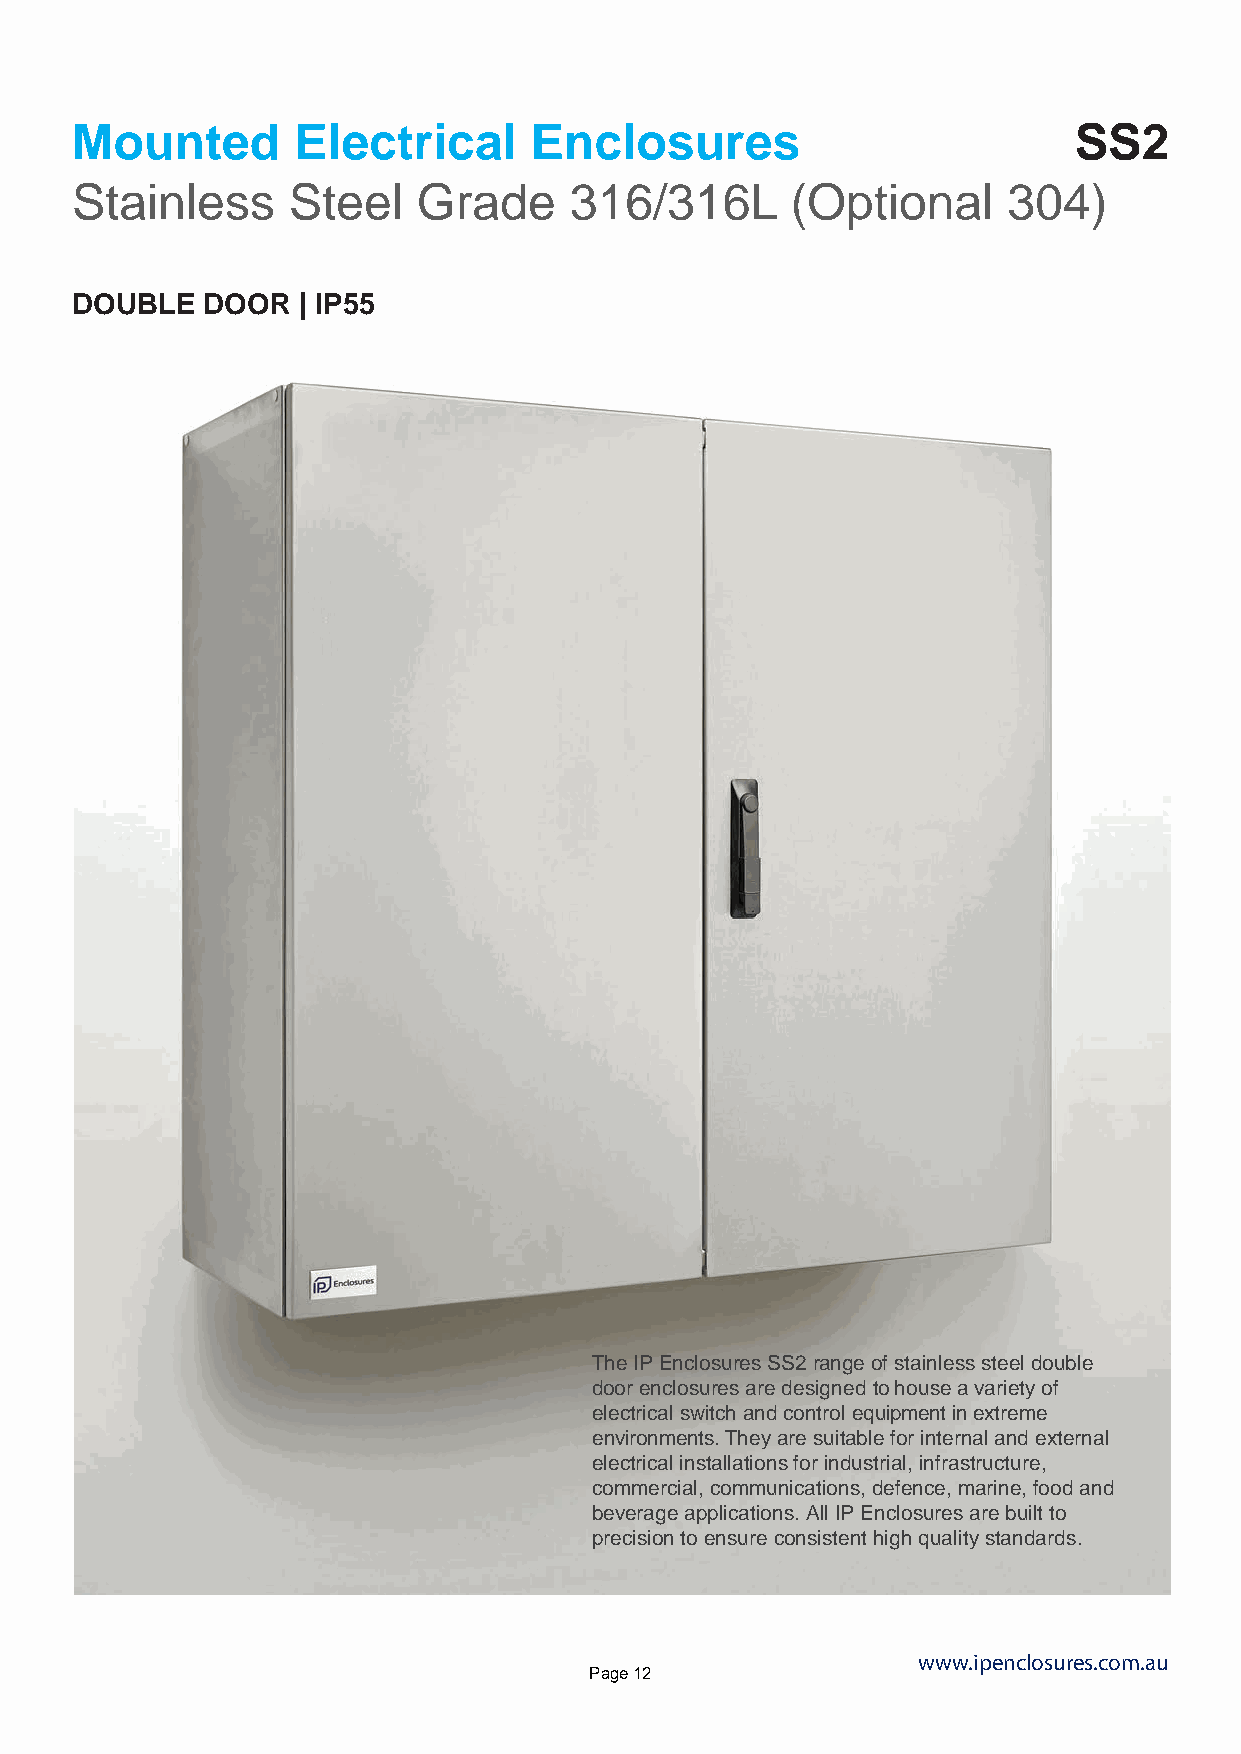
Mounted       Electrical      Enclosures                          SS2
 Stainless     Steel    Grade     316/316L      (Optional      304)
 DOUBLE  DOOR   | IP55
 The IP Enclosures SS2 range of stainless steel double
 door enclosures are designed to house a variety of
 electrical switch and control equipment in extreme
 environments. They are suitable for internal and external
 electrical installations for industrial, infrastructure,
 commercial, communications, defence, marine, food and
 beverage applications. All IP Enclosures are built to
 precision to ensure consistent high quality standards.
 www.ipenclosures.com.au
 Page 12